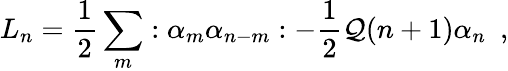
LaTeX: L_{n}=\frac{1}{2}\sum_{m}:\alpha_{m}\alpha_{n-m}:-\frac{1}{2}{\cal Q}(n+1)\alpha_{n}~~,